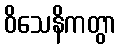
ဝိသေနိကတွာ